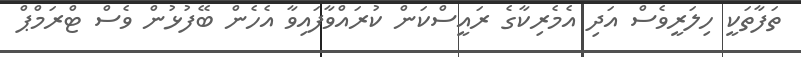
ތަފާތަކީ ހިލަރީވެސް އަދި އެމެރިކާގެ ރައީސްކަން ކުރައްވާފައިވާ އެހެން ބޭފުޅުން ވެސް ޓްރަމްޕް